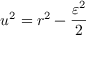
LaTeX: u ^ { 2 } = r ^ { 2 } - { \frac { \varepsilon ^ { 2 } } { 2 } }